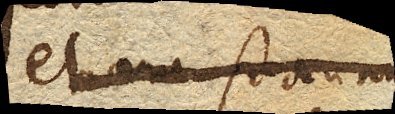
etiam stannum